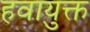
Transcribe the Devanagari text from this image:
हवायुक्त